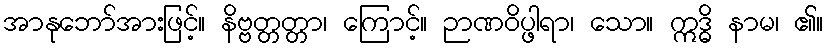
အာနုဘော်အားဖြင့်။ နိဗ္ဗတ္တတ္တာ၊ ကြောင့်။ ဉာဏဝိပ္ဖါရာ၊ သော။ ဣဒ္ဓိ နာမ၊ ၏။